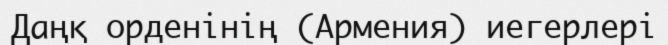
Даңқ орденінің (Армения) иегерлері